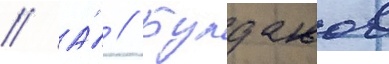
// А́ // Булдаков